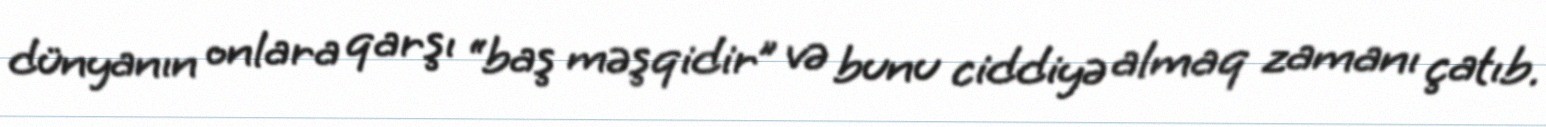
dünyanın onlara qarşı “baş məşqidir” və bunu ciddiyə almaq zamanı çatıb.